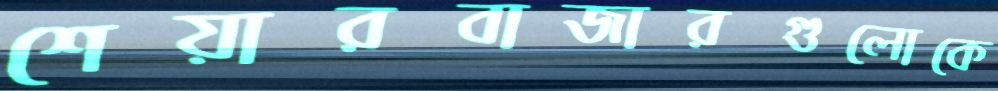
শেয়ারবাজারগুলোকে